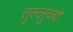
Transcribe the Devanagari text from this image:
तुल्लुवदो